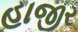
હાજીર